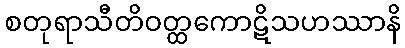
စတုရာသီတိဝတ္ထကောဋိသဟဿာနိ